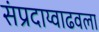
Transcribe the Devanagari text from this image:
संप्रदाय्वाढवला